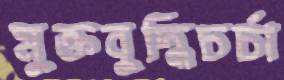
মুক্তবুদ্ধিচর্চা